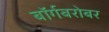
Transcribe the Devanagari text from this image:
बॉर्गबरोबर